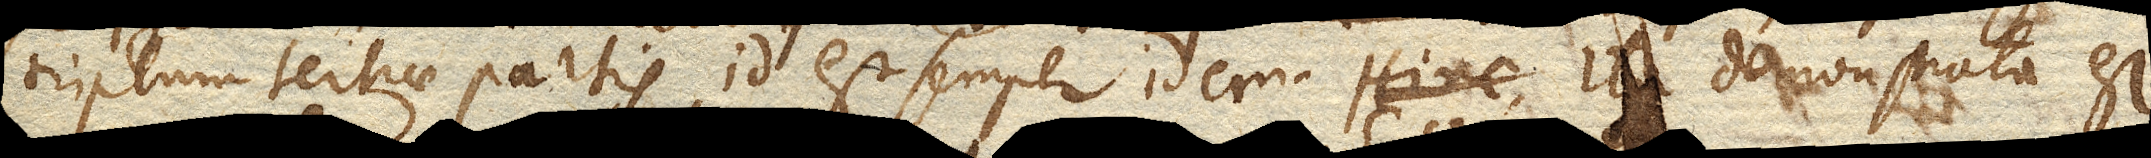
triplum tertiae partis, id est semper idem. Hinc